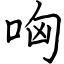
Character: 哅